Jaan_Tonisson_(Lasteleht), lk 179
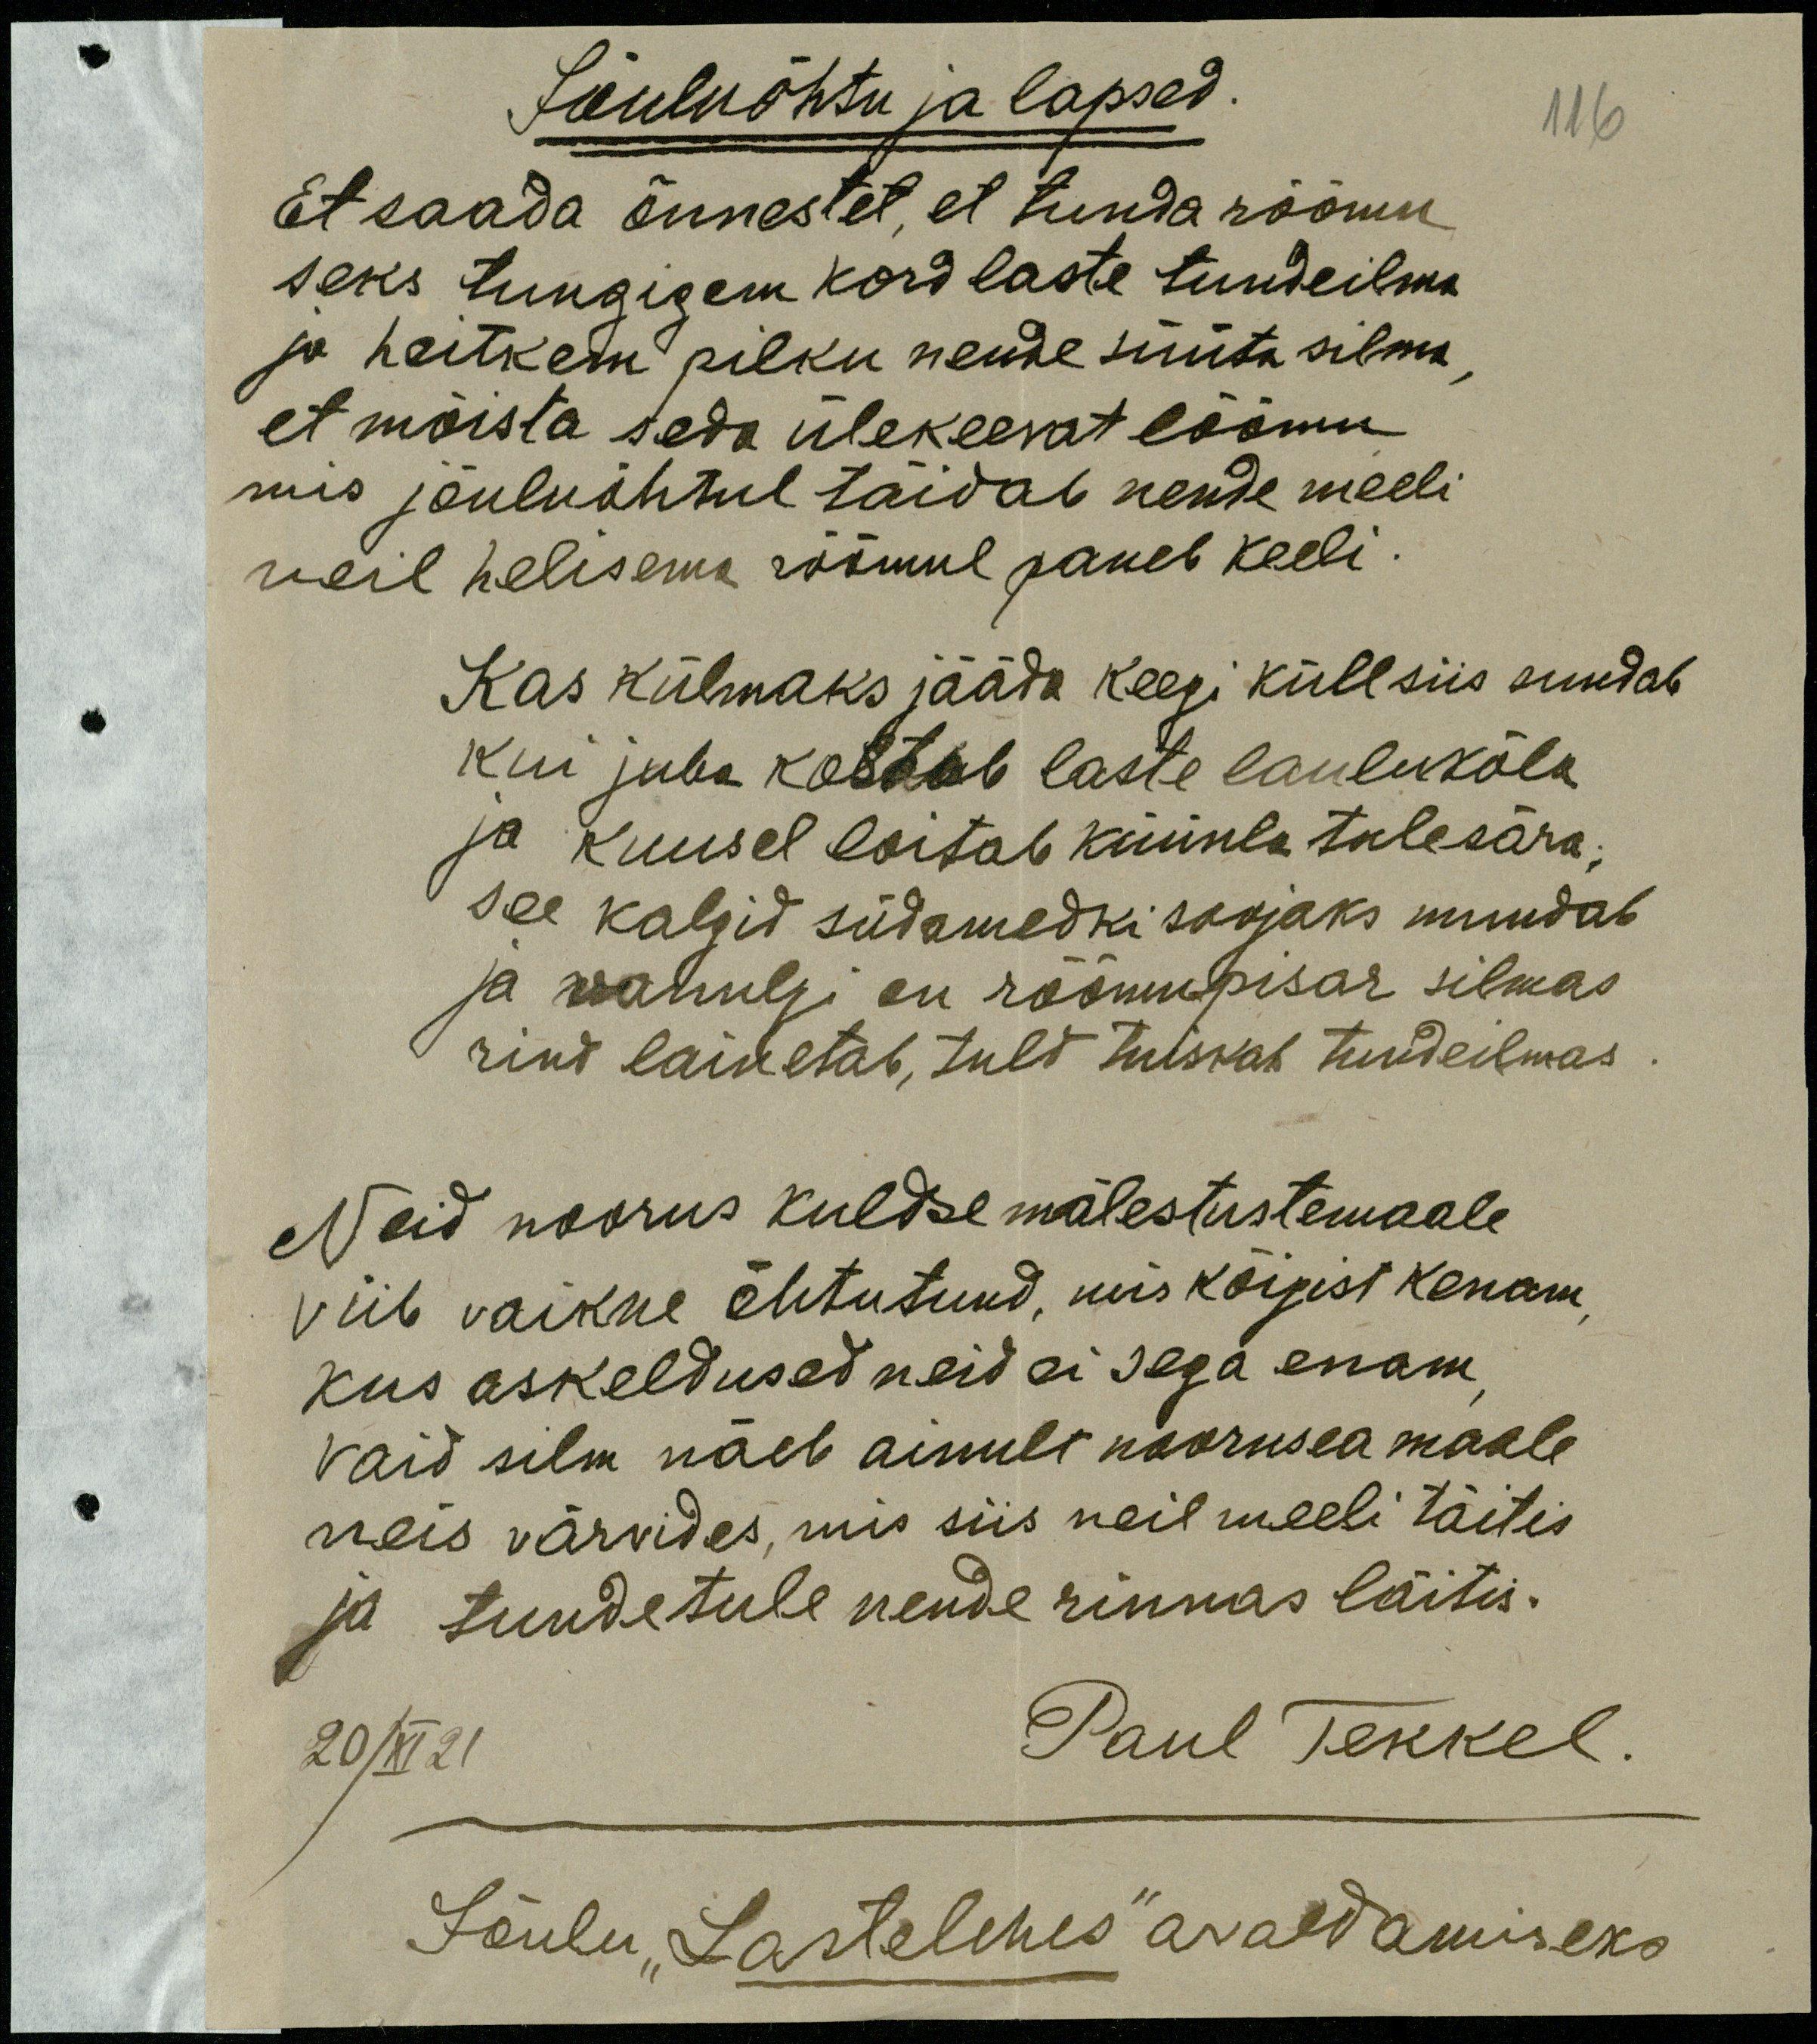
Jõuluõhtu ja lapsed.
116
Et saada õnnestet, et tunda rõõmu
seks tungigem kord laste tundeilma
ja heitkem pilku nende süüta silma
et mõista seda ülekeevat lõõmu
mis jõuluõhtul täidab nende meeli
neil helisema rõõmul paneb keeli.
Kas külmaks jääda keegi küll siis suudab
kui juba kostab laste laulukõla
ja kuusel loitab küünla tulesära;
See kalgid südamedki soojaks muudab
ja wanulgi on rõõmupisar silmas
rind lainetab, tuld tuiskab tundeilmas
Neid noorus kuldse mälestustemaale
viib vaikne õhtutund, mis kõigist kenam
kus askeldused neid ei sega enam
vaid silm näeb ainult noorusea maale
neis värvides, mis siis neil meeli täitis
ja tundetule nende rinnas läitis.
20/XI 21
Paul Tekkel.
Jõulu "Lastelehes" avaldamiseks